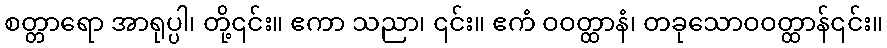
စတ္တာရော အာရုပ္ပါ၊ တို့၎င်း။ ဧကာ သညာ၊ ၎င်း။ ဧကံ ဝဝတ္ထာနံ၊ တခုသောဝဝတ္ထာန်၎င်း။